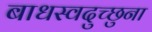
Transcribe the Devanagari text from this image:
बाधस्वदुच्छुना